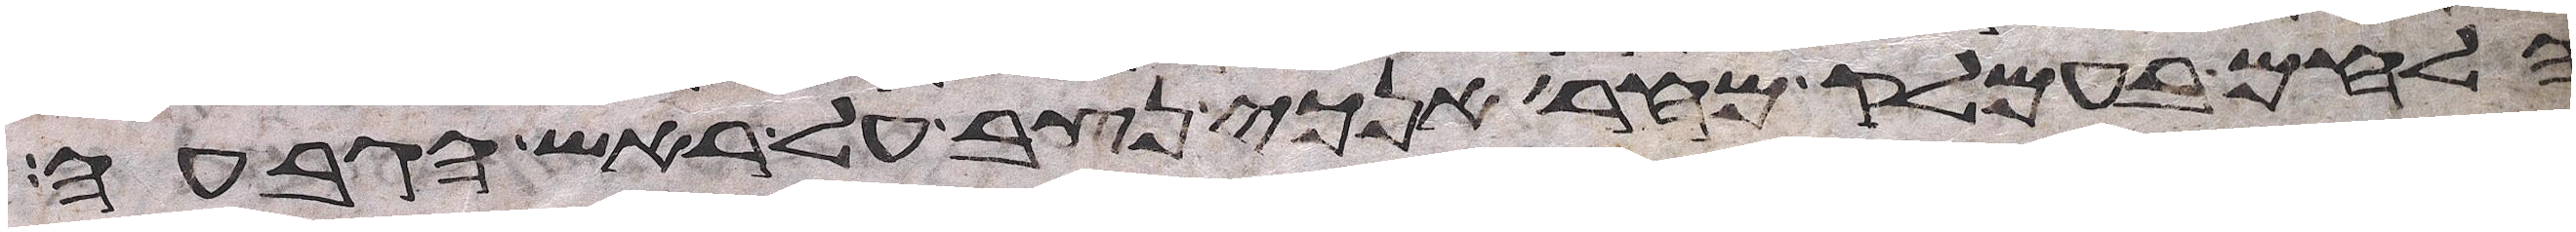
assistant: הלחם בעמלק מחר אנכי נצב על ראש הגבעה